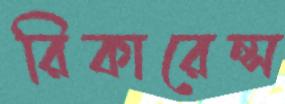
রিকারেন্স